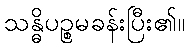
သန္ဓိပဉ္စမခန်းပြီး၏။